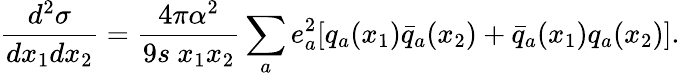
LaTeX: {\frac{d^{2}\sigma}{dx_{1}dx_{2}}}={\frac{4\pi\alpha^{2}}{9s~x_{1}x_{2}}}\sum_{a}e_{a}^{2}[q_{a}(x_{1})\bar{q}_{a}(x_{2})+\bar{q}_{a}(x_{1})q_{a}(x_{2})].